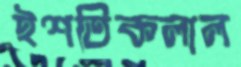
ইশতিকলাল